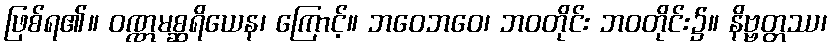
ဖြစ်ရ၏။ ဝဏ္ဏမစ္ဆရိယေန၊ ကြောင့်။ ဘဝေဘဝေ၊ ဘဝတိုင်း ဘဝတိုင်း၌။ နိဗ္ဗတ္တဿ၊